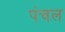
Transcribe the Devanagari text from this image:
पंचल